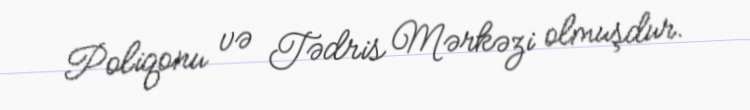
Poliqonu və Tədris Mərkəzi olmuşdur.